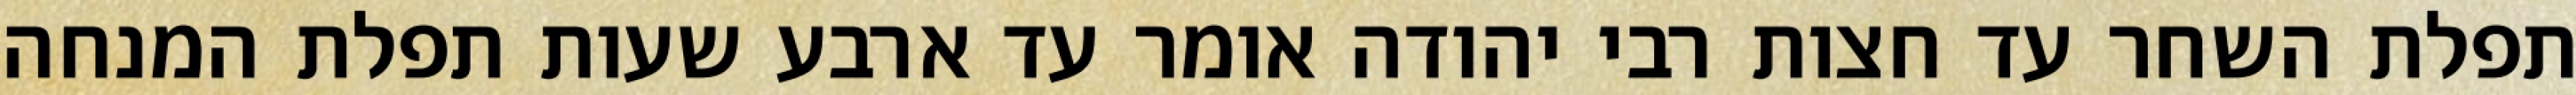
תפלת השחר עד חצות רבי יהודה אומר עד ארבע שעות תפלת המנחה